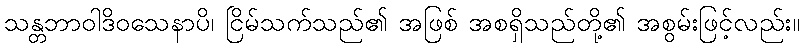
သန္တဘာဝါဒိဝသေနာပိ၊ ငြိမ်သက်သည်၏ အဖြစ် အစရှိသည်တို့၏ အစွမ်းဖြင့်လည်း။